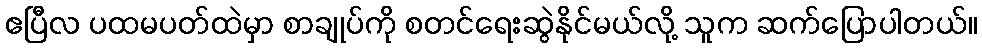
ဧပြီလ ပထမပတ်ထဲမှာ စာချုပ်ကို စတင်ရေးဆွဲနိုင်မယ်လို့ သူက ဆက်ပြောပါတယ်။